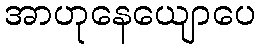
အာဟုနေယျောပေ